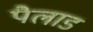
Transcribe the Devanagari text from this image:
पैलाड